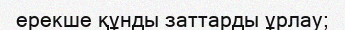
ерекше құнды заттарды ұрлау;